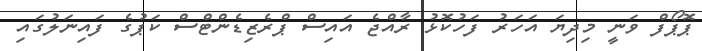
ޕޮޕޯފް ވަނީ މިދިޔަ އަހަރު ފަހުކޮޅު ރާއްޖެ އައިސް ޕްރެޒިޑެންޓްސް ކަޕުގެ ފައިނަލުގައި